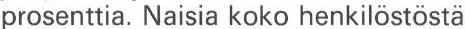
prosenttia. Naisia koko henkilöstöstä